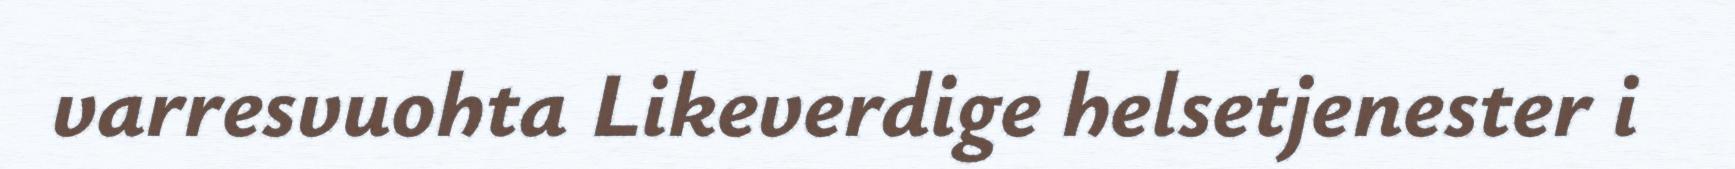
varresvuohta Likeverdige helsetjenester i